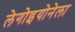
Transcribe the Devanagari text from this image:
लेगोइयोनेला